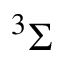
^ 3 \Sigma